Report of the King Institute of Preventive Medicine, Guindy
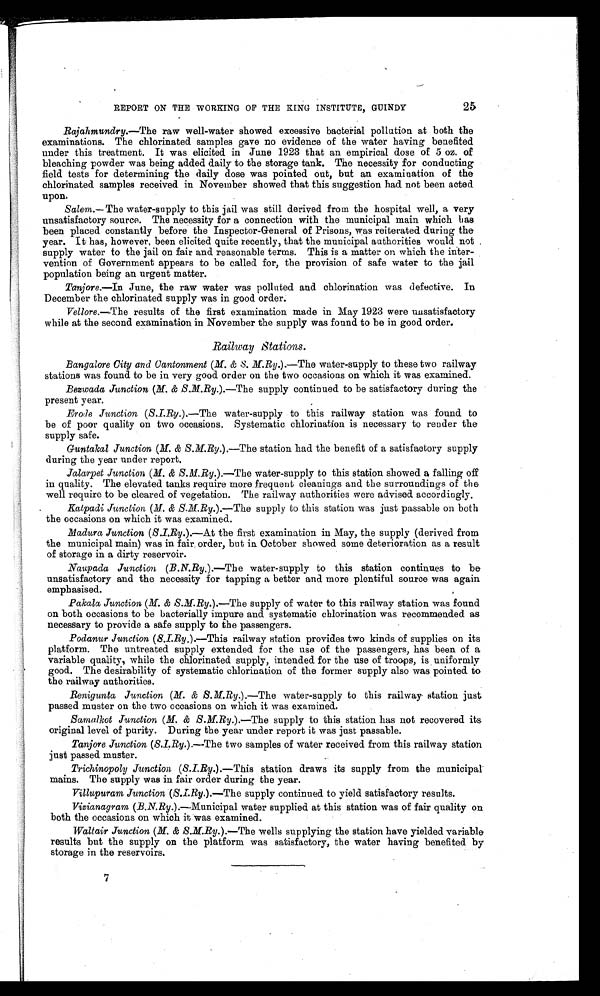
REPORT ON THE WORKING OF THE KING INSTITUTE, GUINDY
Rajahmundry.—The raw well-water showed excessive bacterial pollution at both the
examinations. The chlorinated samples gave no evidence of the water having benefited
under this treatment. It was elicited in June 1923 that an empirical dose of 5 oz. of
bleaching powder was being added daily to the storage tank. The necessity for conducting
field tests for determining the daily dose was pointed out, but an examination of the
chlorinated samples received in November showed that this suggestion had not been acted
upon.
Salem.— The water-supply to this jail was still derived from the hospital well, a very
unsatisfactory source. The necessity for a connection with the municipal main which has
been placed constantly before the Inspector-General of Prisons, was reiterated during the
year. It has, however, been elicited quite recently, that the municipal authorities would not
supply water to the jail on fair and reasonable terms. This is a matter on which the inter--
vention of Government appears to be called for, the provision of safe water to the jail
population being an urgent matter.
Tanjore.—In June, the raw water was polluted and chlorination was defective. In
December the chlorinated supply was in good order.
Vellore.—The results of the first examination made in May 1923 were unsatisfactory
while at the second examination in November the supply was found to be in good order.
Railway Stations.
Bangalore City and Cantonment ( M. & S. M.Ry .).—The water-supply to these two railway
stations was found to be in very good order on the two occasions on which it was examined.
Bezwada Junction (M. & S.M.Ry. ).—The supply continued to be satisfactory during the
present year.
Erode Junction ( S.I.Ry. ).—The water-supply to this railway station was found to
be of poor quality on two occasions. Systematic chlorination is necessary to render the
supply safe.
Guntakal Junction ( M. & S.M.Ry .).—The station had the benefit of a satisfactory supply
during the year under report.
Jalarpet Junction (M. & S.M.Ry. ).—The water-supply to this station showed a falling off
in quality. The elevated tanks require more frequent cleanings and the surroundings of the
well require to be cleared of vegetation. The railway authorities were advised accordingly.
Katpadi Junction (M. & S.M.Ry.).—The supply to this station was just passable on both
the occasions on which it was examined.
Madura Junction (S.I.Ry.).— At the first examination in May, the supply (derived from
the municipal main) was in fair, order, but in October showed some deterioration as a result
of storage in a dirty reservoir.
Naupada Junction ( B.N.Ry .).—The water-supply to this station continues to be
unsatisfactory and the necessity for tapping a better and more plentiful source was again
emphasised.
Pakala Junction (M. & S.M.Ry .).—The supply of water to this railway station was found
on both occasions to be bacterially impure and systematic chlorination was recommended as
necessary to provide a safe supply to the passengers.
Podanur Junction (S.I.Ry .).—This railway station provides two kinds of supplies on its
platform. The untreated supply extended for the use of the passengers, has been of a
variable quality, while the chlorinated supply, intended for the use of troops, is uniformly
good. The desirability of systematic chlorination of the former supply also was pointed to
the railway authorities.
Renigunta Junction (M. & S.M.Ry .).—The water-supply to this railway station just
passed muster on the two occasions on which it was examined.
Samalkot Junction (M. & S.M.Ry.).— The supply to this station has not recovered its
original level of purity. During the year under report it was just passable.
Tanjore Junction ( S.I.Ry. ).—The two samples of water received from this railway station
just passed muster.
Trichinopoly Junction (S.I.Ry.).— This station draws its supply from the municipal
mains. The supply was in fair order during the year.
Villupuram Junction (S.I.Ry .).—The supply continued to yield satisfactory results.
Vizianagram ( B.N.Ry .).—Municipal water supplied at this station was of fair quality on
both the occasions on which it was examined.
Waltair Junction (M. &S.M.Ry .).—The wells supplying the station have yielded variable
results but the supply on the platform was satisfactory, the water having benefited by
storage in the reservoirs.
7
25